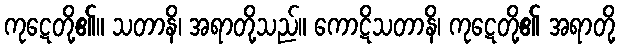
ကုဋေတို့၏။ သတာနိ၊ အရာတို့သည်။ ကောဋိသတာနိ၊ ကုဋေတို့၏ အရာတို့